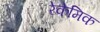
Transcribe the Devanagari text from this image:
रेकेमिक